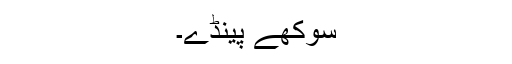
سوکھے پینڈے۔